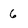
Character: 6